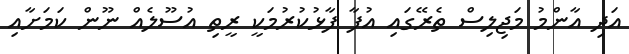
އަދި އާންމު މަޖިލިސް ތެރޭގައި އުފާ ފާޅުކުރުމަކީ ރީތި އުސޫލެއް ނޫން ކަމަށާއި